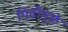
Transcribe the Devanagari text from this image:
पिढीमुळे